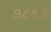
૭૮૧૭